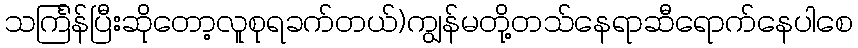
သင်္ကြန်ပြီးဆိုတော့လူစုရခက်တယ်)ကျွန်မတို့တသ်နေရာဆီရောက်နေပါစေ